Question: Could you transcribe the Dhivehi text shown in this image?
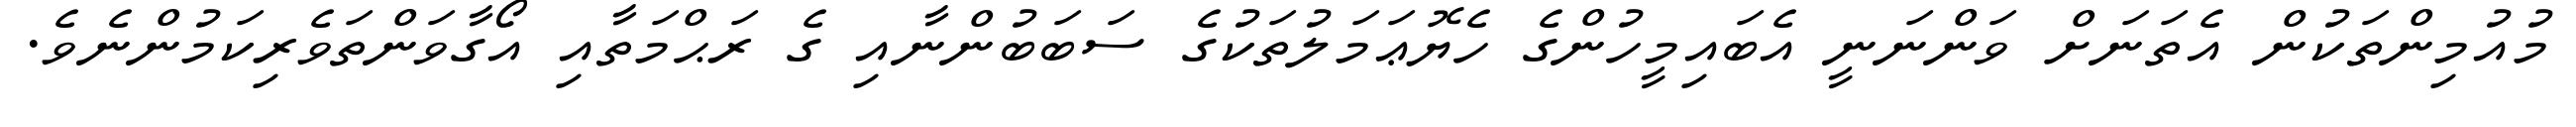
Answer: މުއުމިންތަކުން އެތަނަށް ވަންނަނީ އެބައިމީހުންގެ ހެޔޮޢަމަލުތަކުގެ ސަބަބުންނާއި ގެ ރަޙްމަތާއި އޯގާވަންތަވެރިކަމުންނެވެ.